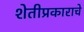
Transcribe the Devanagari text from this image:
शेतीप्रकाराचे